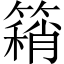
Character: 𥳓